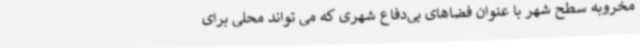
مخروبه سطح شهر با عنوان فضاهای بی‌دفاع شهری که می تواند محلی برای